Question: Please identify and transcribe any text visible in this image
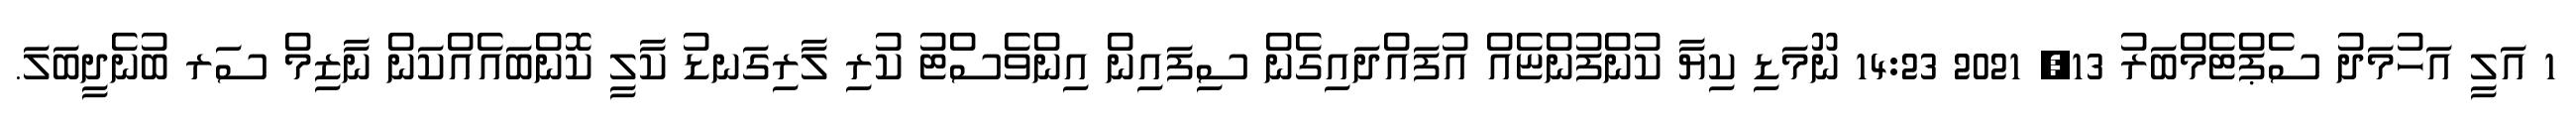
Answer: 1 އަލީ އަހުމަދު ސެޕްޓެމްބަރު 13, 2021 14:23 ނޫމަޑި ކިޔާ ކުންފުންޏެއް އުފައްދައިގެން ސިފައިން އިންވެސްޓު ކުރި ލާރިގަނޑު ކާލީ ކޮންބައެއްކަން ނާޒިމް ސަރ ބުނެދީބަލަ.